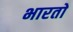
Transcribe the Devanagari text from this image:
भारताे